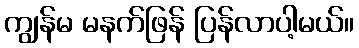
ကျွန်မ မနက်ဖြန် ပြန်လာပါ့မယ်။